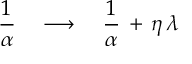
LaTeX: \frac { 1 } { \alpha } \quad \longrightarrow \quad \frac { 1 } { \alpha } \, + \, \eta \, \lambda